65_HS1-834228961_62-HQ-83894_Section_8
Agency: FBI
Page 3
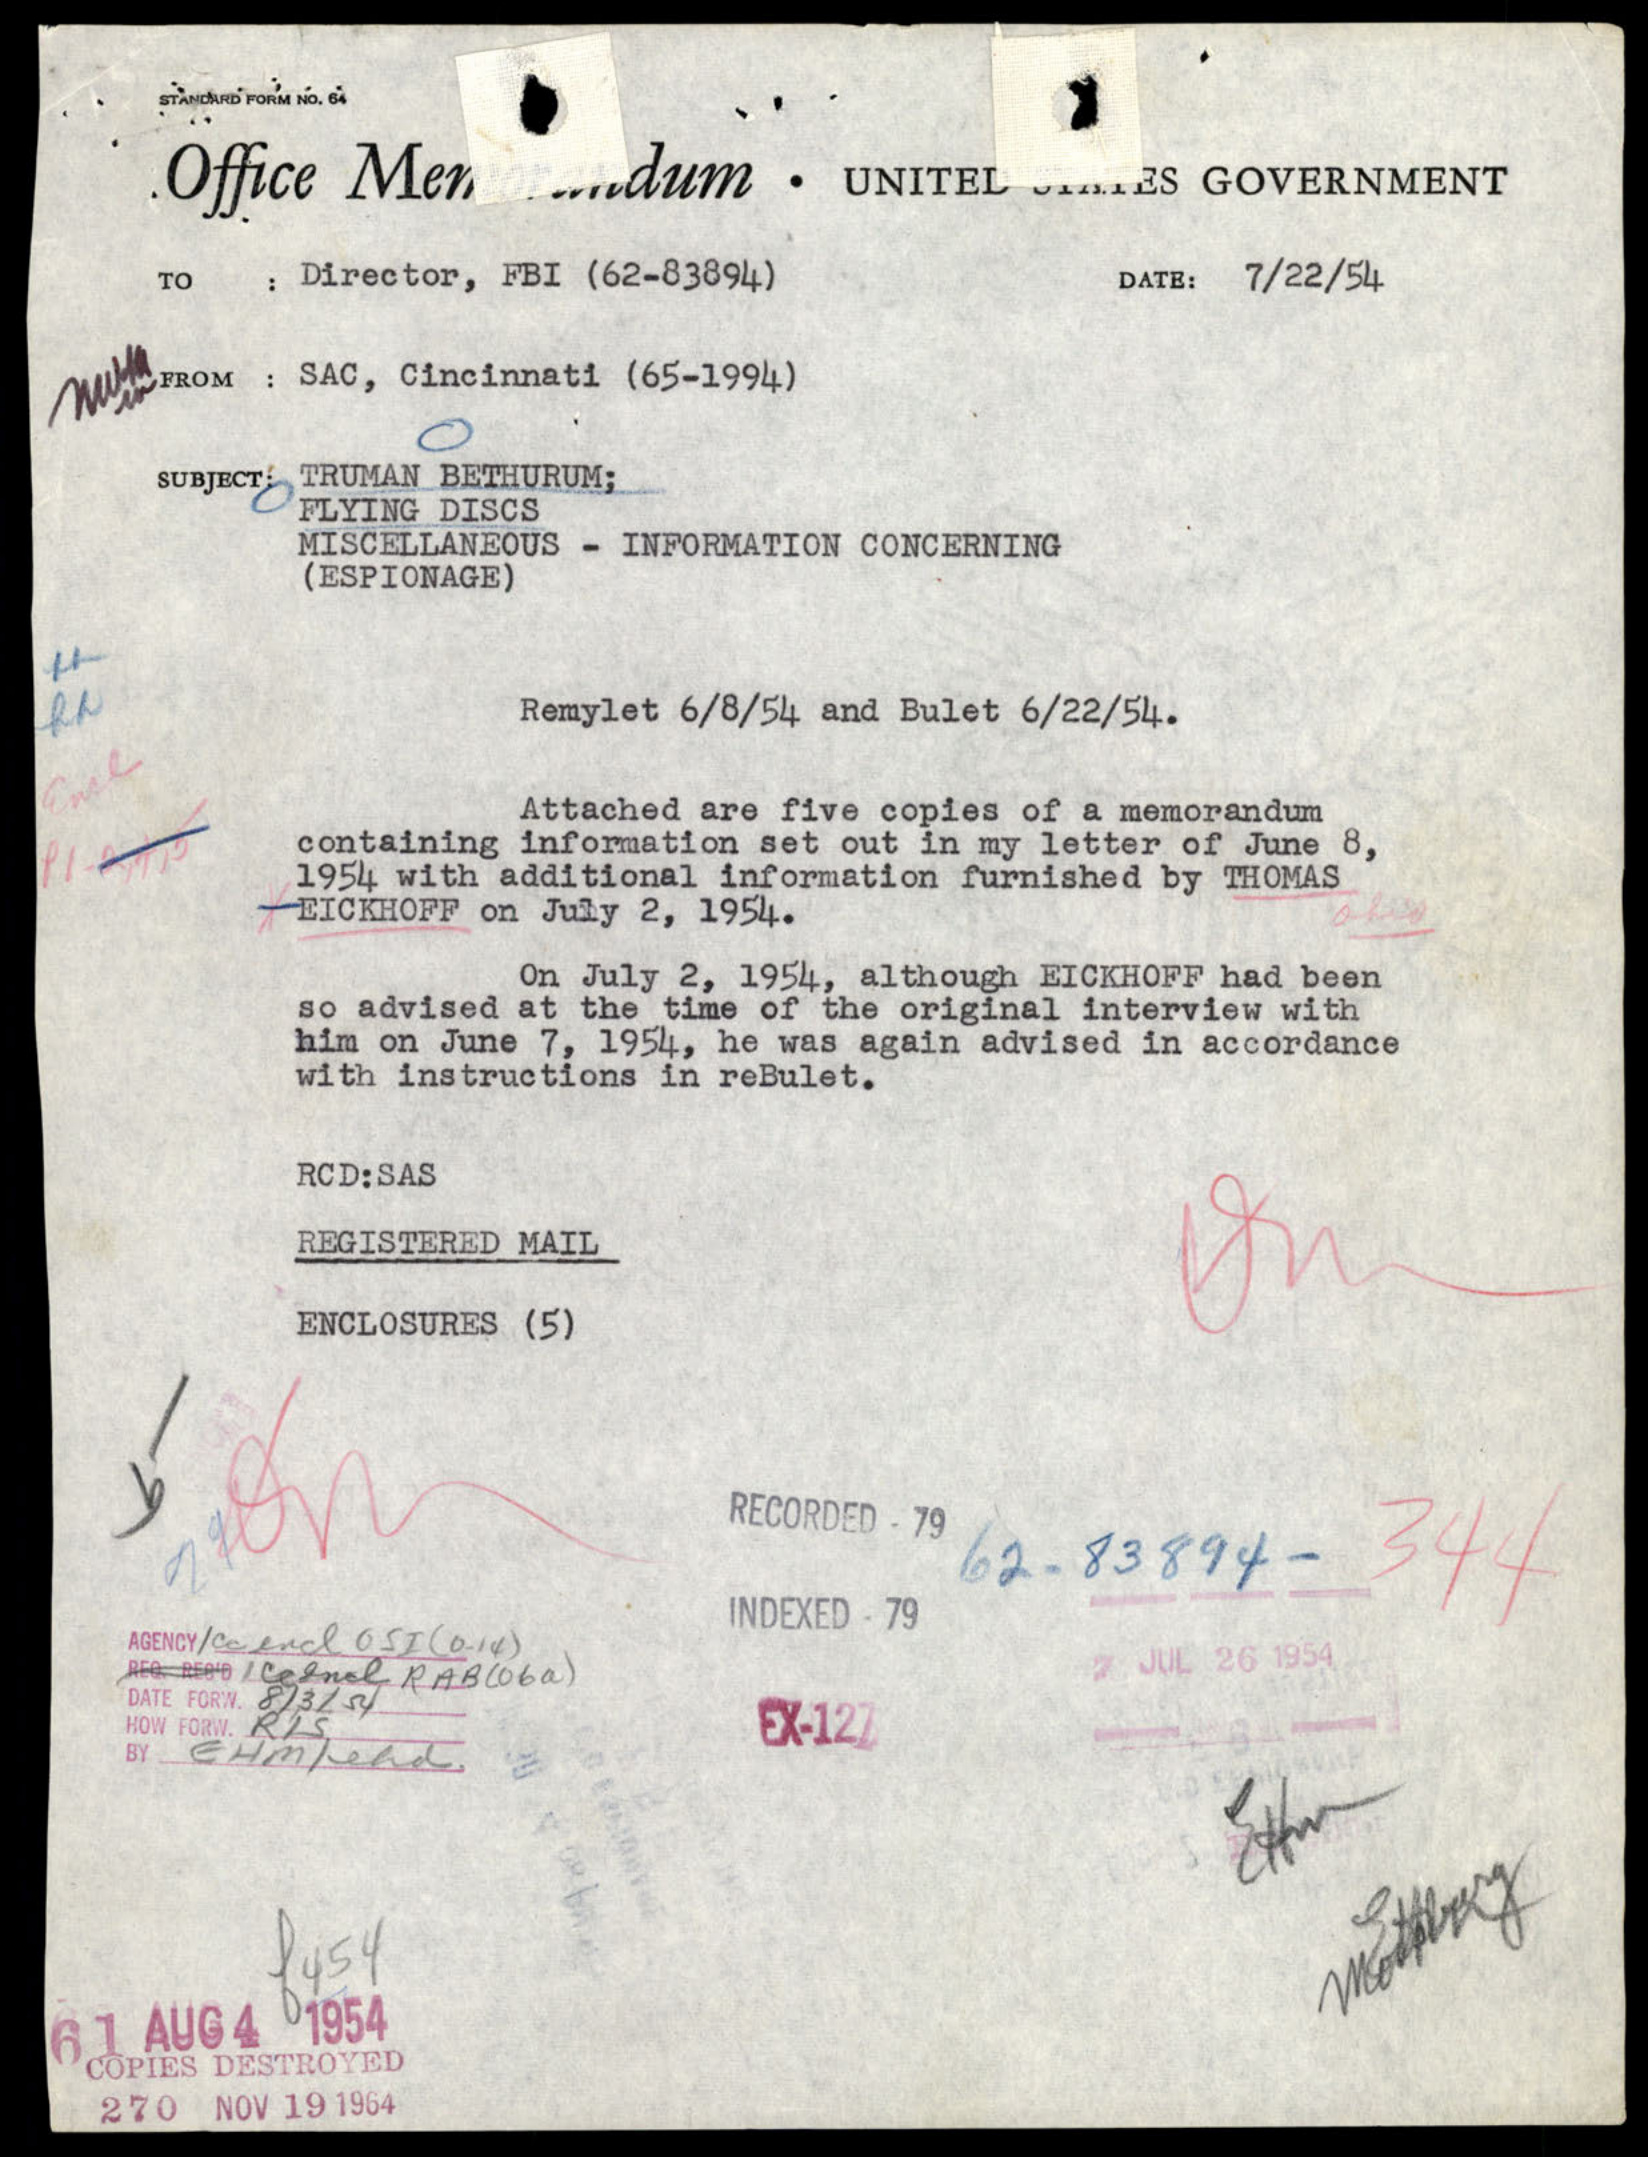